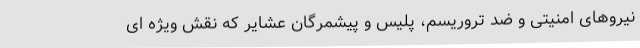
نیروهای امنیتی و ضد تروریسم، پلیس و پیشمرگان عشایر که نقش ویژه ای